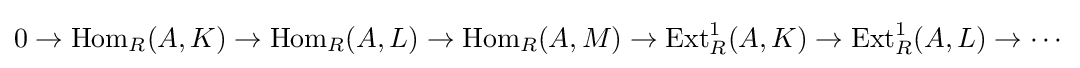
0\to \mathrm {Hom} _{R}(A,K)\to \mathrm {Hom} _{R}(A,L)\to \mathrm {Hom} _{R}(A,M)\to \mathrm {Ext} _{R}^{1}(A,K)\to \mathrm {Ext} _{R}^{1}(A,L)\to \cdots